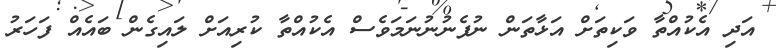
އަދި އެކުއްތާ ވަކިތަށް އަޅާތަން ނުފެނުނުނަމަވެސް އެކުއްތާ ކުރިއަށް ލައިގެން ބައެއް ފަހަރު